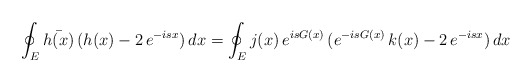
\begin{align*}\oint_E\bar{h(x)}\,(h(x)-2\,e^{-isx})\,dx=\oint_Ej(x)\,e^{isG(x)}\,(e^{-isG(x)}\,k(x)-2\,e^{-isx})\,dx\end{align*}